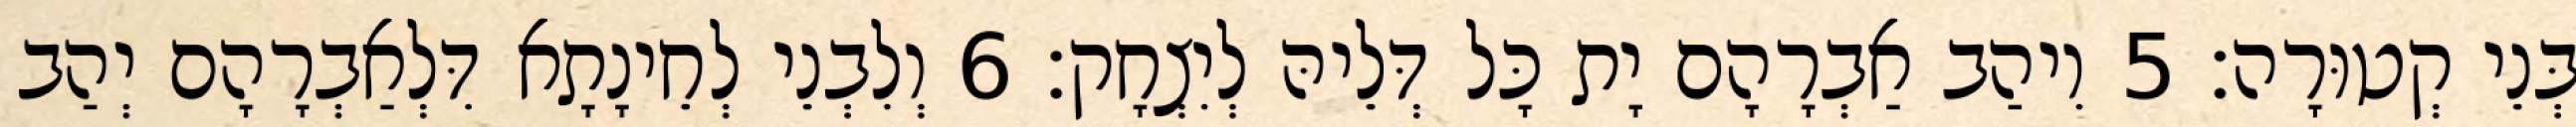
בְּנֵי קְטוּרָה׃ 5 וִיהַב אַבְרָהָם יָת כָּל דְּלֵיהּ לְיִצְחָק׃ 6 וְלִבְנֵי לְחֵינָתָא דִּלְאַבְרָהָם יְהַב